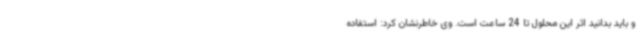
و باید بدانید اثر این محلول تا 24 ساعت است. وی خاطرنشان کرد: استفاده